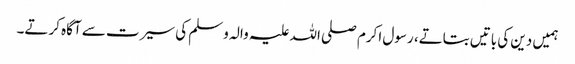
ہمیں دین کی باتیں بتاتے، رسول اکرم صلی اللہ علیہ والہ وسلم کی سیرت سے آگاہ کرتے۔